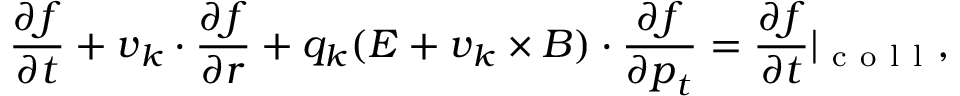
\frac { \partial f } { \partial t } + \boldsymbol { v } _ { k } \cdot { \frac { \partial f } { \partial \boldsymbol { r } } } + q _ { k } ( \boldsymbol { E } + \boldsymbol { v } _ { k } \times \boldsymbol { B } ) \cdot { \frac { \partial f } { \partial \boldsymbol { p } _ { t } } } = \frac { \partial f } { \partial t } | _ { \mathrm { ~ c ~ o ~ l ~ l ~ } } ,